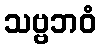
သဗ္ဗဘဝံ